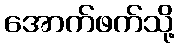
အောက်ဖက်သို့